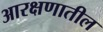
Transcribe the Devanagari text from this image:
आरक्षणातील